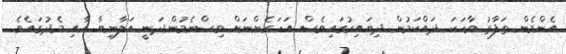
އެންމެން ތަފާތު ވާހަކަ ދައްކަމުން ދިޔައިރުގައިވެސް އަހަރެންނަށް ވިސްނެމުންދަނީ އަލާނިޔާ އާއި މެދުގައެވެ.